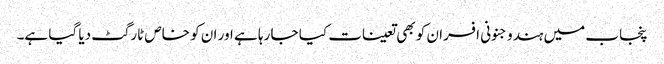
پنجاب میں ہندو جنونی افسران کو بھی تعینات کیا جا رہا ہے اور ان کو خاص ٹارگٹ دیا گیا ہے۔